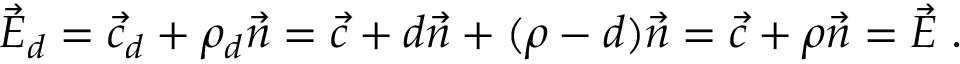
{ \vec { E } } _ { d } = { \vec { c } } _ { d } + \rho _ { d } { \vec { n } } = { \vec { c } } + d { \vec { n } } + ( \rho - d ) { \vec { n } } = { \vec { c } } + \rho { \vec { n } } = { \vec { E } } \; .